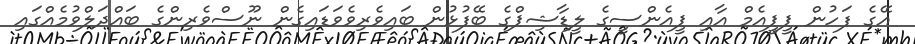
އޭގެ ފަހުން ޕީޕީއެމް އާއި ޕީއެންސީގެ ލީޑާޝިޕްގެ ބޭފުޅުން ބައިވެރިވެވަޑައިގެން ނޫސްވެރިންގެ ބައްދަލްވުމެއްގައި